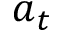
a _ { t }